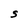
Character: S